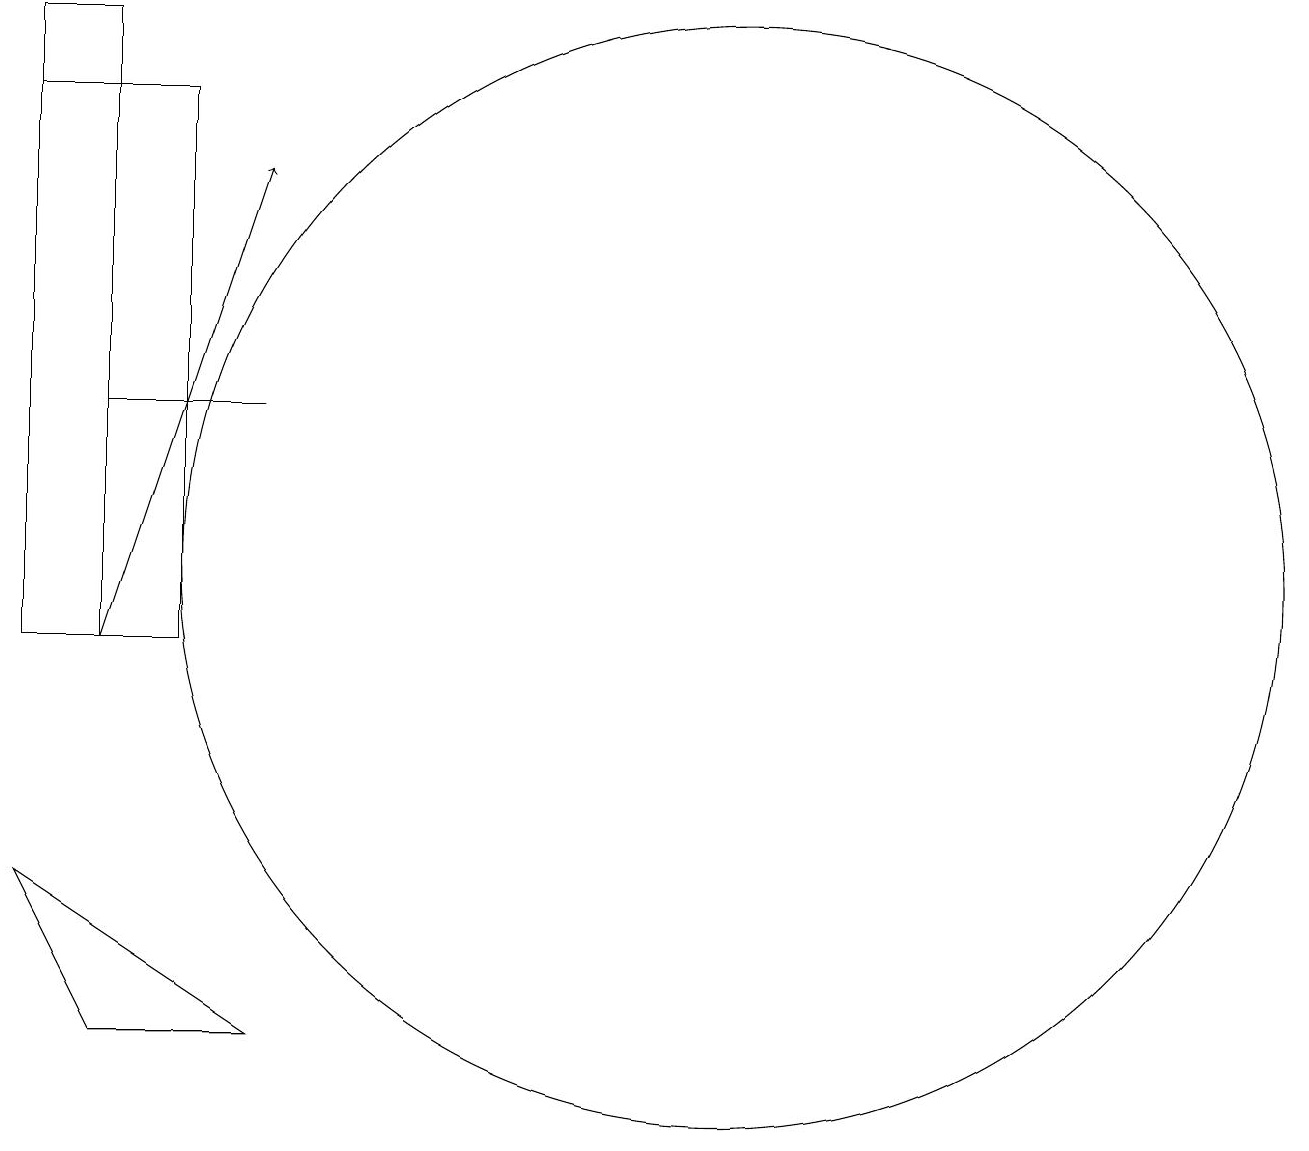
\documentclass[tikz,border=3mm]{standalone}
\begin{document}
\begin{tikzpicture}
\draw (11,11) circle (7);
\draw[->] (3,10) -- (5,16);
\draw (12,12) circle (0);
\draw (5,13) rectangle (3,13);
\draw (2,10) rectangle (4,17);
\draw (2,7) -- (3,5) -- (5,5) -- cycle;
\draw (2,10) rectangle (3,18);
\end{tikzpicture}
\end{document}